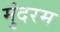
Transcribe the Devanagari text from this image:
मुंदरम